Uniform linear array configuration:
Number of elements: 24
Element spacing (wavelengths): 0.75
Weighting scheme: exponential
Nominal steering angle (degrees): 45
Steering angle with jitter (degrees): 46.997
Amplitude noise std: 0.05
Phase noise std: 0.05

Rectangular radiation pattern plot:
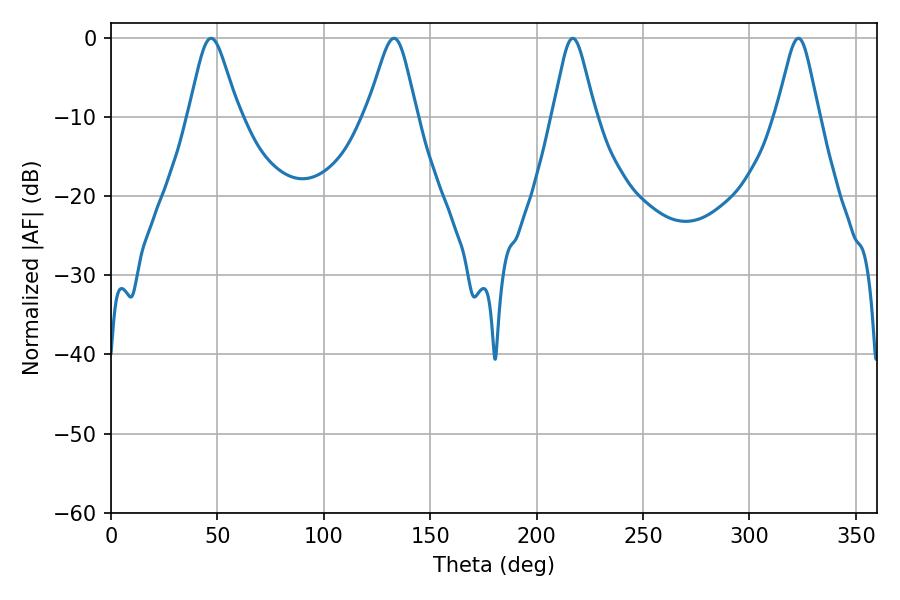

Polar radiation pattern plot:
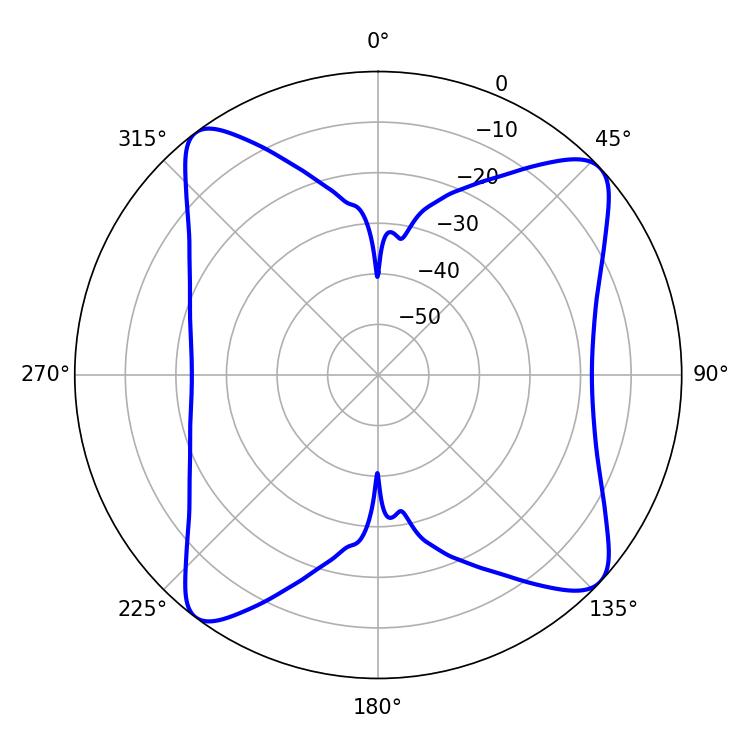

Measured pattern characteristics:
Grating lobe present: TRUE
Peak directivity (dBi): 12.375
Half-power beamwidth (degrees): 11.16
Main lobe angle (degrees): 46.98